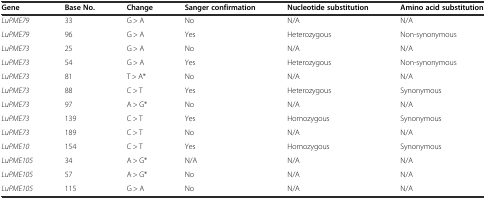
<table><thead><tr><td><b>Gene</b></td><td><b>Base No.</b></td><td><b>Change</b></td><td><b>Sanger confirmation</b></td><td><b>Nucleotide substitution</b></td><td><b>Amino acid substitution</b></td></tr></thead><tbody><tr><td><i>LuPME79</i></td><td>33</td><td>G &gt; A</td><td>No</td><td>N/A</td><td>N/A</td></tr><tr><td><i>LuPME79</i></td><td>96</td><td>G &gt; A</td><td>Yes</td><td>Heterozygous</td><td>Non-synonymous</td></tr><tr><td><i>LuPME73</i></td><td>25</td><td>G &gt; A</td><td>No</td><td>N/A</td><td>N/A</td></tr><tr><td><i>LuPME73</i></td><td>54</td><td>G &gt; A</td><td>Yes</td><td>Heterozygous</td><td>Non-synonymous</td></tr><tr><td><i>LuPME73</i></td><td>81</td><td>T &gt; A*</td><td>No</td><td>N/A</td><td>N/A</td></tr><tr><td><i>LuPME73</i></td><td>88</td><td>C &gt; T</td><td>Yes</td><td>Heterozygous</td><td>Synonymous</td></tr><tr><td><i>LuPME73</i></td><td>97</td><td>A &gt; G*</td><td>No</td><td>N/A</td><td>N/A</td></tr><tr><td><i>LuPME73</i></td><td>139</td><td>C &gt; T</td><td>Yes</td><td>Homozygous</td><td>Synonymous</td></tr><tr><td><i>LuPME73</i></td><td>189</td><td>C &gt; T</td><td>No</td><td>N/A</td><td>N/A</td></tr><tr><td><i>LuPME10</i></td><td>154</td><td>C &gt; T</td><td>Yes</td><td>Homozygous</td><td>Synonymous</td></tr><tr><td><i>LuPME105</i></td><td>34</td><td>A &gt; G*</td><td>N/A</td><td>N/A</td><td>N/A</td></tr><tr><td><i>LuPME105</i></td><td>57</td><td>A &gt; G*</td><td>No</td><td>N/A</td><td>N/A</td></tr><tr><td><i>LuPME105</i></td><td>115</td><td>G &gt; A</td><td>No</td><td>N/A</td><td>N/A</td></tr></tbody></table>